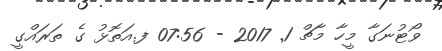
ވޯޓުނަގާ މީހާ މާޗް 1